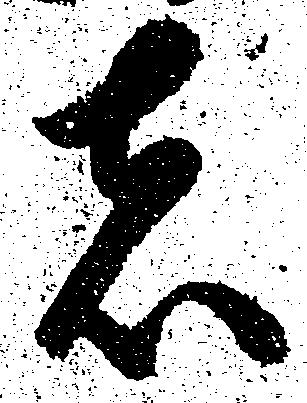
者